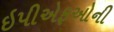
ઇપીએફઓની